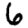
Digit: 6